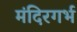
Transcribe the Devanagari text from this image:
मंदिरगर्भ